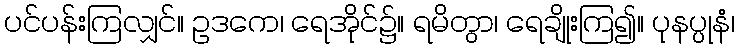
ပင်ပန်းကြလျှင်။ ဥဒကေ၊ ရေအိုင်၌။ ရမိတွာ၊ ရေချိုးကြ၍။ ပုနပ္ပုနံ၊